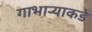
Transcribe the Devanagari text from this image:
गाभार्‍याकडे